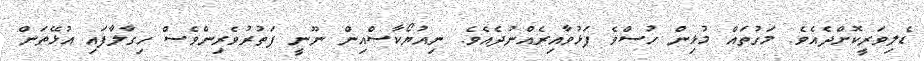
ޑެލިވަރީކޮށްދެއެވެ. މަގުތައް މުޅިން ހުސްވެ ފަޅުވާއިރެއްނުދެއެވެ. ނިއުޔޯކާސްއިން ނޫނީ ފަތުރުވެރިންވެސް ހިގާލާފައި އުޅޭތަން